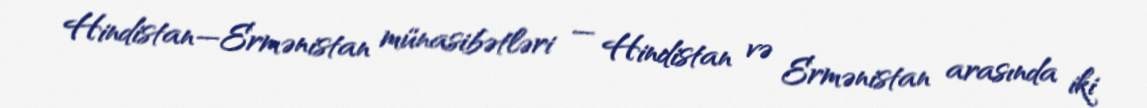
Hindistan—Ermənistan münasibətləri — Hindistan və Ermənistan arasında iki